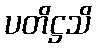
ပတိဋ္ဌသိ